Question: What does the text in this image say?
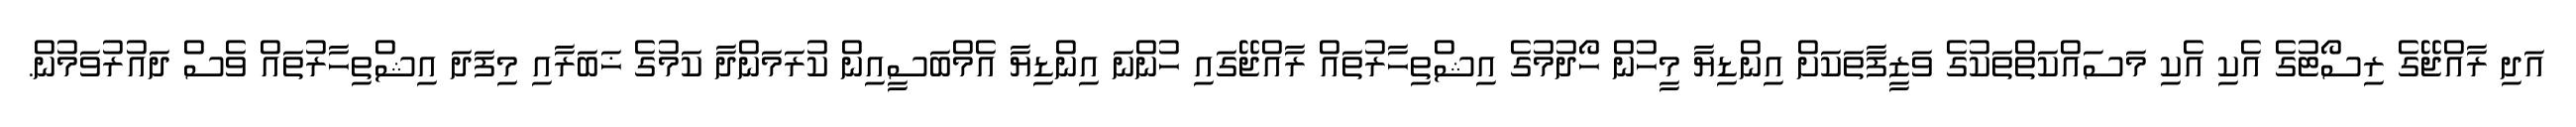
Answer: އަދި ރާއްޖޭގެ ރިސޯޓުގެ އެކި އެކި މަސައްކަތްތަކުގެ ވަޒީފާތަކަށް އިންޑިޔާ މީހުން ހޯދުމުގެ އިޝްތިހާރުތައް ރާއްޖޭގައި ހުންނަ އިންޑިޔާ އެމްބަސީއިން ކުރަމަންދާ ކަމުގެ ޚަބަރާއި މިފަދަ އިޝްތިހާރުތައް ވެސް ދައުރުވަމުން.